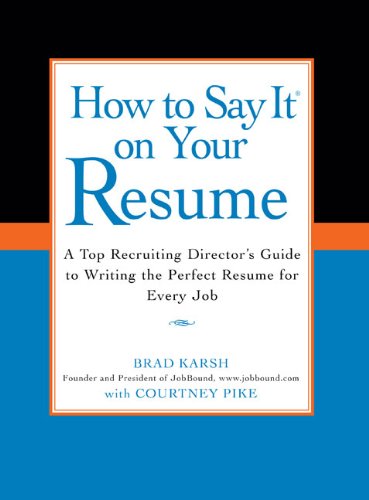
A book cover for How to Say It on Your Resume: A Top Recruiting Director's Guide to Writing the Perfect Resume for Every Job; Brad Karsh with Courtney Pike; Reference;